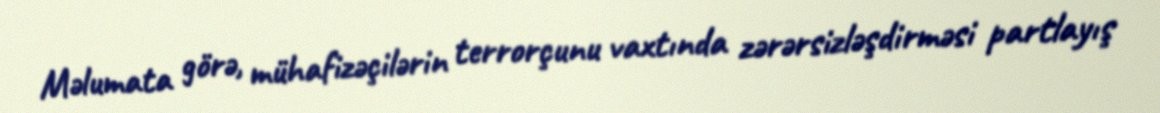
Məlumata görə, mühafizəçilərin terrorçunu vaxtında zərərsizləşdirməsi partlayış